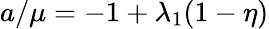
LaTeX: a/\mu=-1+\lambda_{1}(1-\eta)